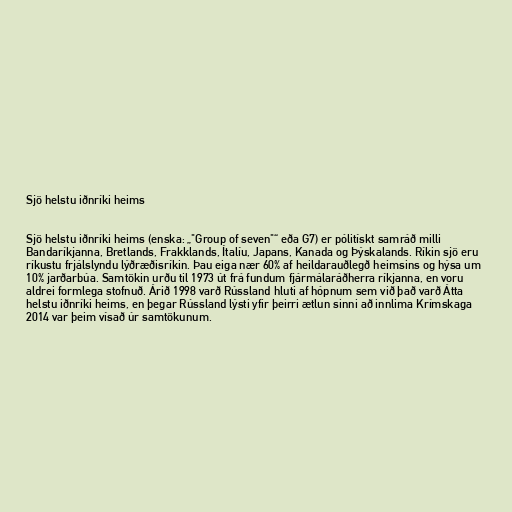
Sjö helstu iðnríki heims

Sjö helstu iðnríki heims (enska: „"Group of seven"“ eða G7) er pólitískt samráð milli
Bandaríkjanna, Bretlands, Frakklands, Ítalíu, Japans, Kanada og Þýskalands. Ríkin sjö eru
ríkustu frjálslyndu lýðræðisríkin. Þau eiga nær 60% af heildarauðlegð heimsins og hýsa um
10% jarðarbúa. Samtökin urðu til 1973 út frá fundum fjármálaráðherra ríkjanna, en voru
aldrei formlega stofnuð. Árið 1998 varð Rússland hluti af hópnum sem við það varð Átta
helstu iðnríki heims, en þegar Rússland lýsti yfir þeirri ætlun sinni að innlima Krímskaga
2014 var þeim vísað úr samtökunum.